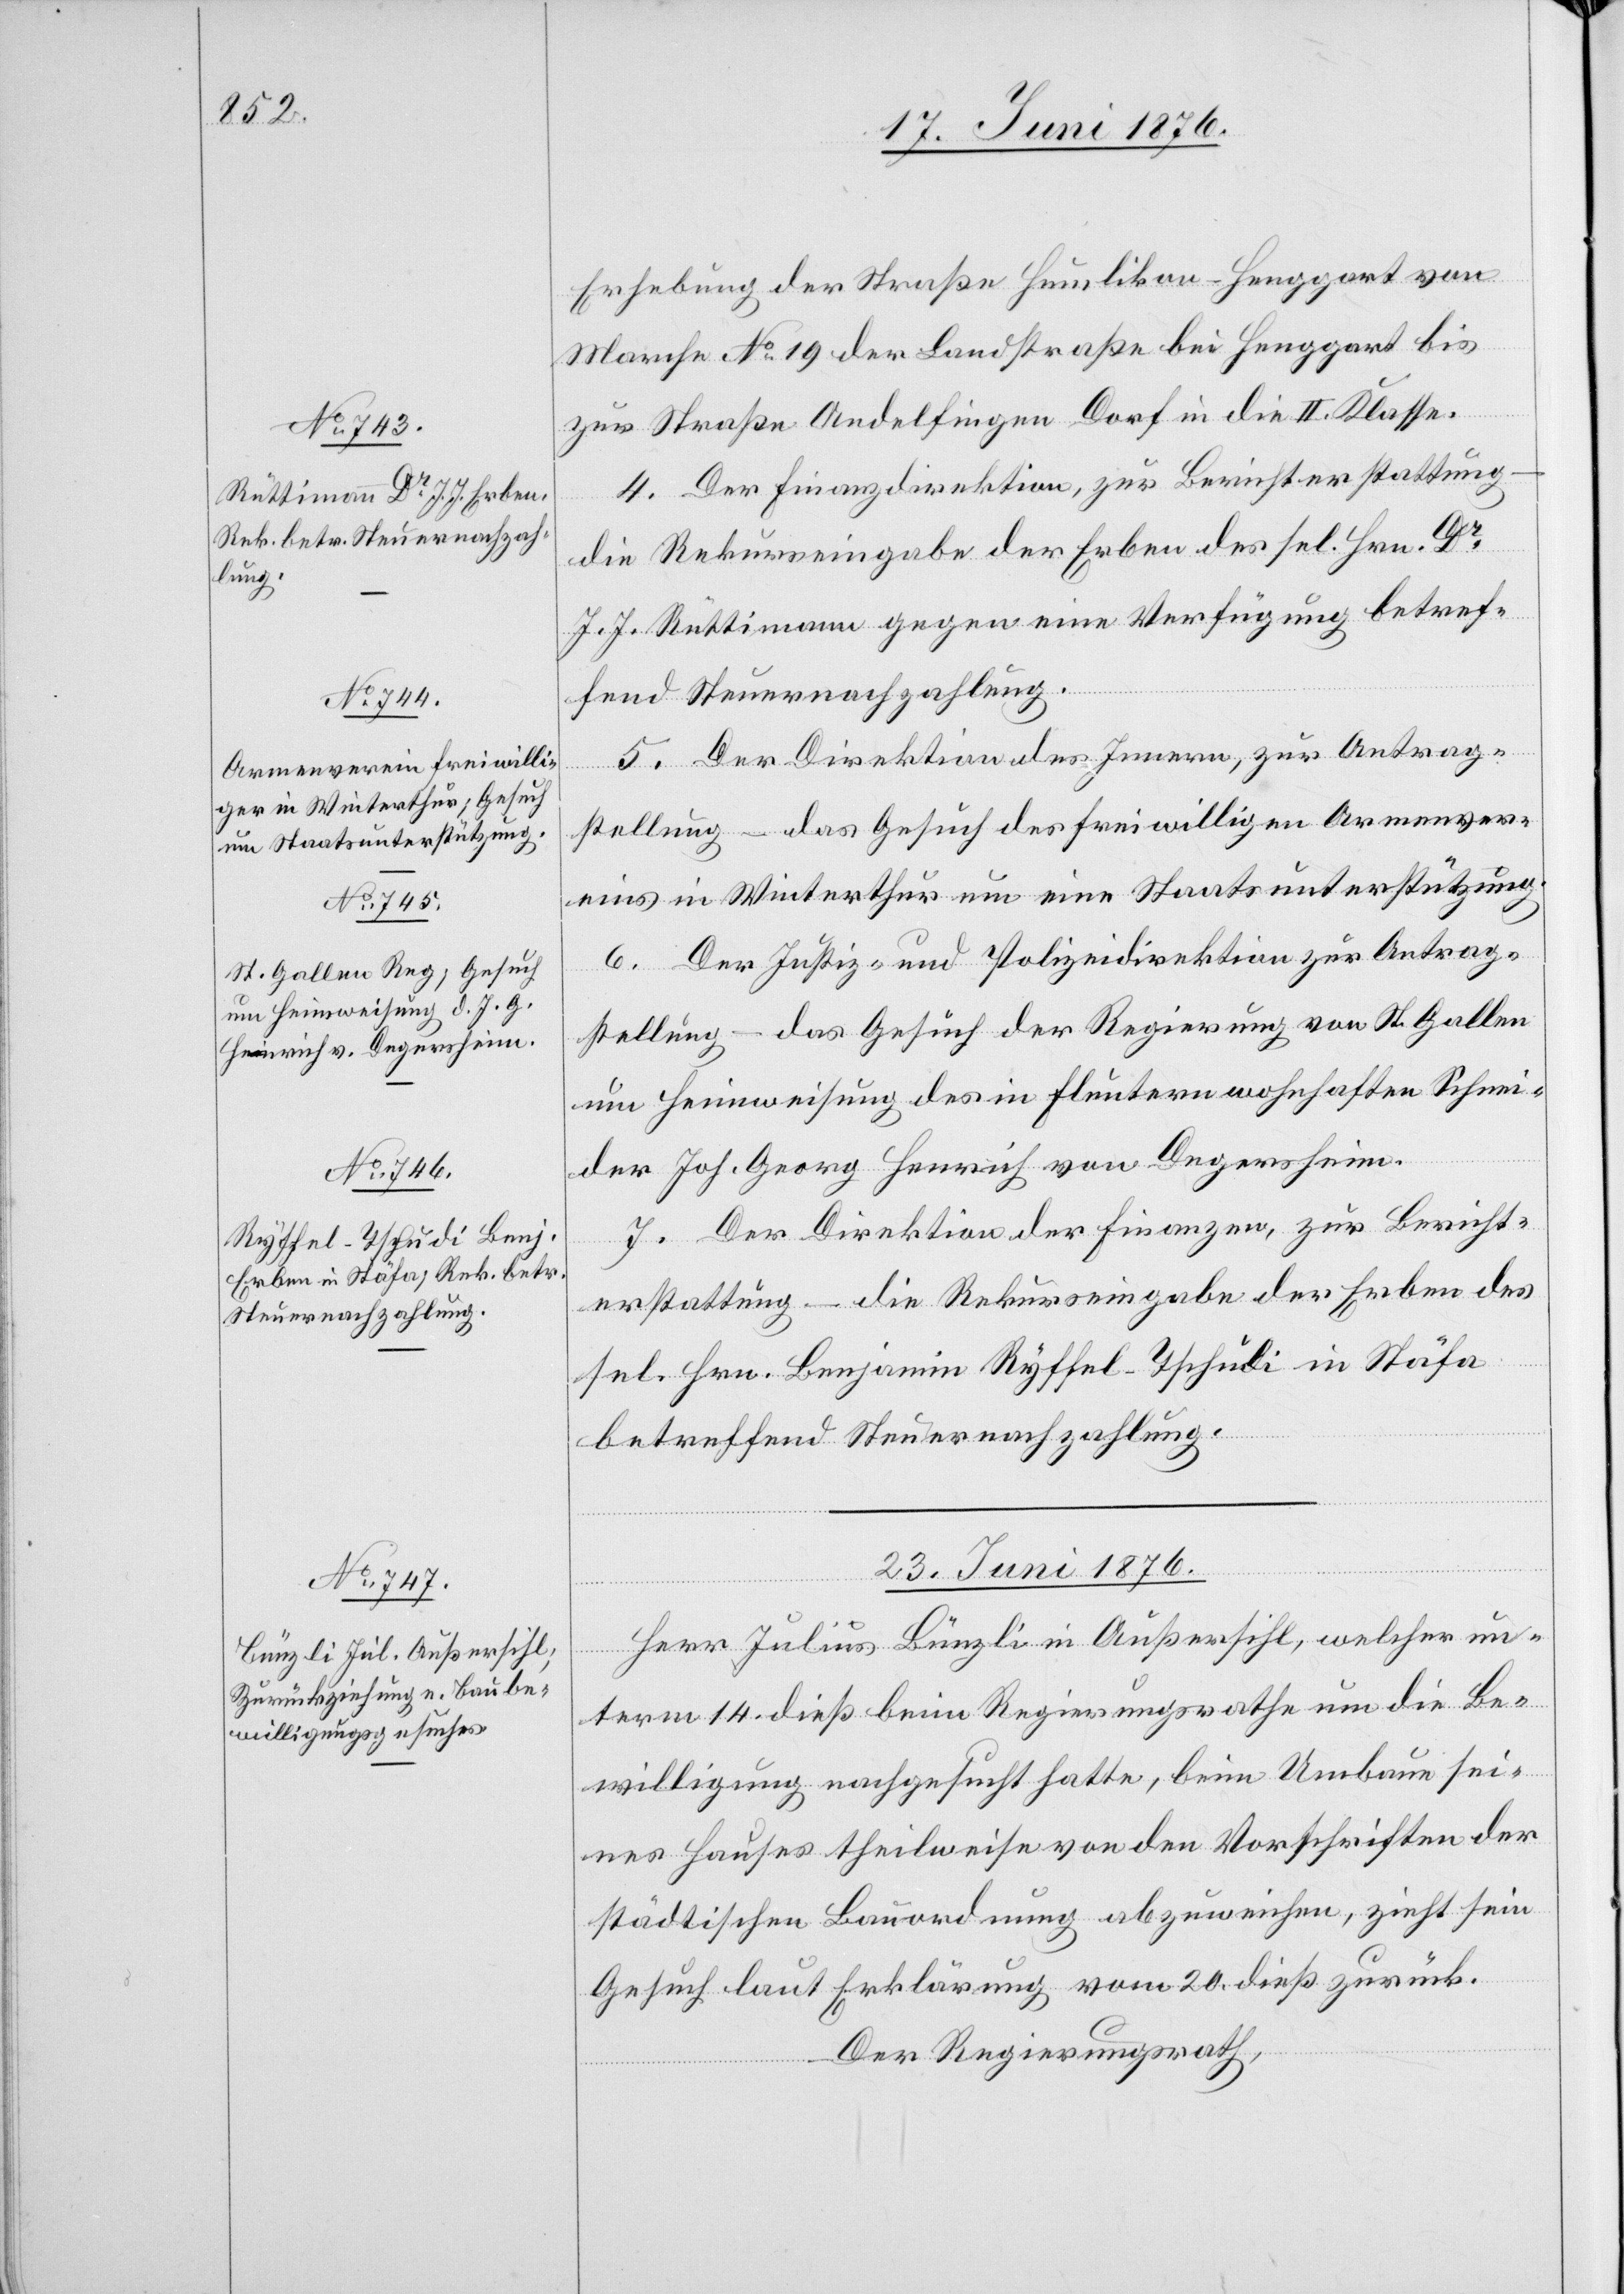
Erhebung der Straße Humlikon–Henggart von
Marche No 19 der Landstraße bei Henggart bis
zur Straße Andelfingen Dorf in die II. Klasse.
4. Der Finanzdirektion, zur Berichterstattung
die Rekurseingabe der Erben des sel. Hrn. Dr
J. J. Rüttimann gegen eine Verfügung betref¬
fend Steuernachzahlung.
5. Der Direktion des Innern, zur Antrag¬
stellung – das Gesuch des freiwilligen Armenver¬
eins in Winterthur um eine Staatsunterstützung.
6. Der Justiz- und Polizeidirektion zur Antrag¬
stellung – das Gesuch der Regierung von St. Gallen
um Heimweisung des in Fluntern wohnhaften Schnei¬
der Joh. Georg Heinrich von Degersheim.
7. Der Direktion der Finanzen, zur Bericht¬
erstattung – die Rekurseingabe der Erben des
sel. Hrn. Benjamin Ryffel-Tschudi in Stäfa
betreffend Steuernachzahlung.
23. Juni 1876.
Herr Julius Bünzli in Außersihl, welcher un¬
term 14. dieß beim Regierungsrathe um die Be¬
willigung nachgesucht hatte, beim Umbau sei¬
nes Hauses theilweise von den Vorschriften der
städtischen Bauordnung abzuweichen, zieht sein
Gesuch laut Erklärung vom 20. dieß zurück.
Der Regierungsrath,